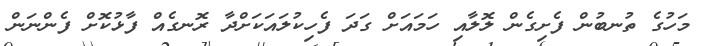
މަހުގެ ތުނބުން ފެށިގެން ލޮލާއި ހަމައަށް ގަދަ ފެހިކުލައަކަށްދާ ރޮނގެއް ފާޅުކޮށް ފެންނަން